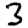
Digit: 3